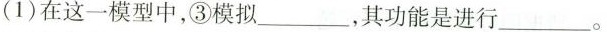
(1)在这一模型中，③模拟___，其功能是进行___。